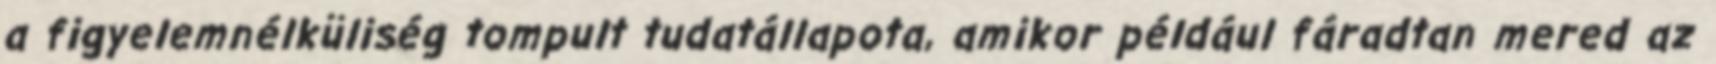
a figyelemnélküliség tompult tudatállapota, amikor például fáradtan mered az